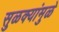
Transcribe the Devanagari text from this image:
सुळक्यांमुळे